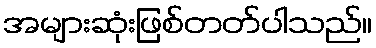
အများဆုံးဖြစ်တတ်ပါသည်။